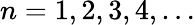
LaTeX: n=1,2,3,4,\dots